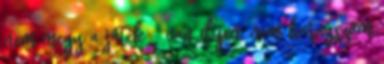
nem megy a játék - van ilyen, nem haragszom